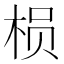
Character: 𱣞